system: You are a helpful assistant.
user:
Analyze the provided spectrum to determine if it is a **S-type Star**.

- **Key Indicators for S-type Star:**

    - **(Overall Spectrum Shape):** The first and most obvious characteristic is the overall continuum (the "baseline" shape). It is **extremely "red-sloping,"** meaning the flux (light intensity) is very low on the left side (blue, ~4000-4500 Å) and rises steeply and continuously toward the right side (red, ~7000 Å+).

    - **(Primary):** The spectrum is defined by the presence of strong, broad molecular absorption "valleys" (bands) from **Zirconium Oxide (ZrO)**. The identification of these bands is the **primary requirement** for classifying a star as S-type.
        - **(Key Bandheads):** You must find distinct, deep "dips" where the light has been absorbed. The most critical band systems to locate are:
            - **~6474 Å** ($\gamma$-system): This is often the strongest and clearest ZrO feature, found in the red part of the spectrum.
            - **~5718 Å** & **~5551 Å** ($\beta$-system): A pair of prominent absorption features in the yellow-orange part of the spectrum.
            - **~4640 Å** ($\alpha$-system): A key absorption band system in the blue-green region of the spectrum.

    - **(Secondary Confirmation):** The classification is strengthened by finding additional absorption bands from other related heavy element oxides, which are expected to be present alongside ZrO.
        - **(Key Bandheads):**
            - **Yttrium Oxide (YO):** Look for absorption dips near **~4800 Å** and **~6100 Å**.
            - **Lanthanum Oxide (LaO):** Additional absorption features, particularly in the red-orange part of the spectrum, are also characteristic.

    - **(Line Profile):** The combination of the steep red continuum and these numerous, deep molecular bands (ZrO, YO, etc.) gives the entire spectrum a very **"chopped-up"** or **"bumpy"** appearance. Instead of a smooth curve, the spectrum looks as though large, wide chunks of light have been "carved out" of it at the specific wavelengths listed above.

Think first, call **spectral_visualization_tool** if needed to examine features in detail, then provide your final answer. Your response must adhere to the following strict rules:
1.  **Overall Structure:** Your response must follow the format `<think>...</think> <tool_call>...</tool_call> (if a tool is used) <answer>...</answer>`.
2.  **Tool Usage Constraint:** You may only make **one** tool call per turn.
3.  **Final Answer Format:** In the `<answer>` tag, your conclusion must be inside a `\boxed{}` command (e.g., `\boxed{YES}` or `\boxed{NO}`), followed by your justification.

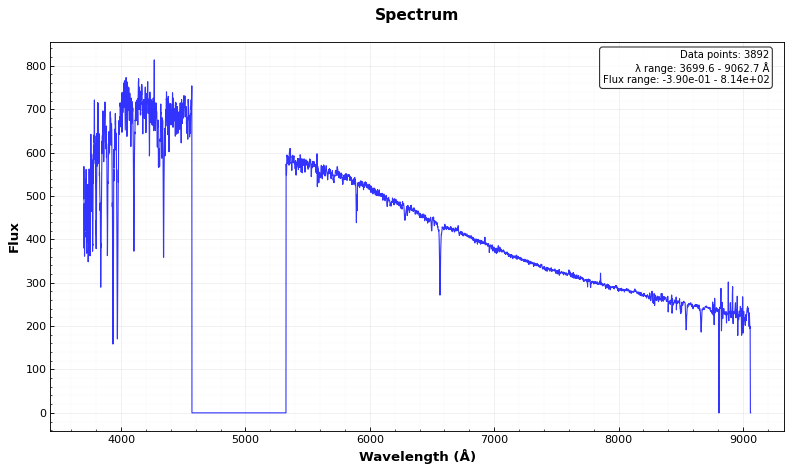
Answer: NO